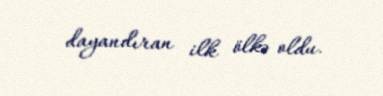
dayandıran ilk ölkə oldu.